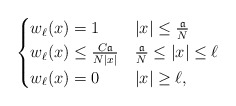
\begin{align*}\begin{cases}w_\ell(x)=1&|x|\le \frac{\mathfrak{a}}{N}\\w_\ell(x)\le\frac{C\mathfrak{a}}{N|x|}&\frac{\mathfrak{a}}{N}\le|x|\le \ell\\w_\ell(x)=0&|x|\ge \ell,\end{cases}\end{align*}